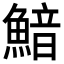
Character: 𩹎